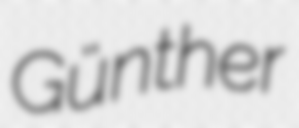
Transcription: Günther